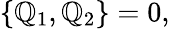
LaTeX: \{ \mathbb{Q}_{1},\mathbb{Q}_{2}\} =0,